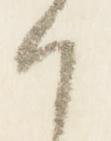
朝